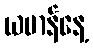
ယမာန်နေ့